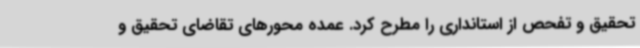
تحقیق و تفحص از استانداری را مطرح کرد. عمده محورهای تقاضای تحقیق و